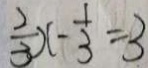
\frac { 2 } { 3 } x - \frac { 1 } { 3 } = 3